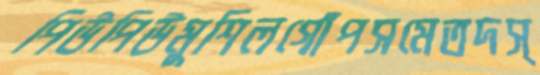
পিউপিউমুশিলগোঁপসমেতদস্